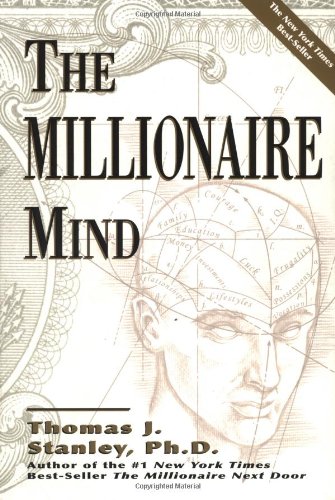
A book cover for The Millionaire Mind; Thomas J. Stanley; Health, Fitness & Dieting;